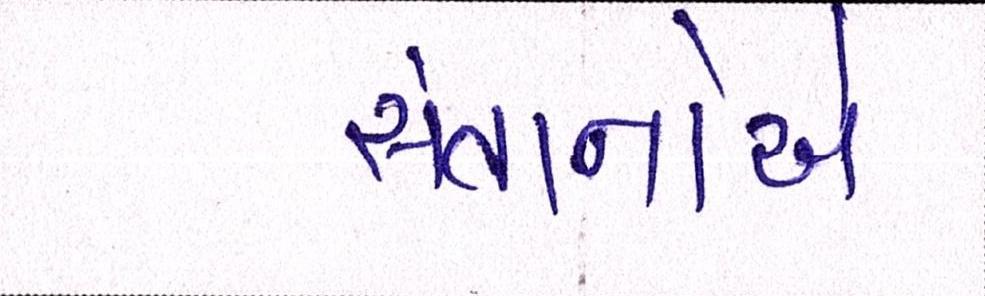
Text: સંતાનોએ